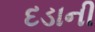
દડાની